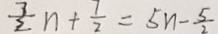
\frac { 7 } { 2 } n + \frac { 1 } { 2 } = 5 n - \frac { 5 } { 2 }